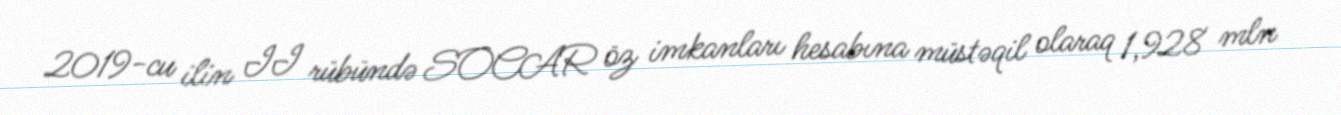
2019-cu ilin II rübündə SOCAR öz imkanları hesabına müstəqil olaraq 1,928 mln